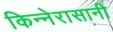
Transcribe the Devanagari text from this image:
किन्नेरासानी